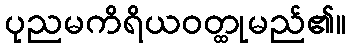
ပုညမကိရိယဝတ္ထုမည်၏။